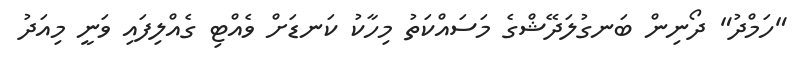
"ހަމްދު" ދޯނިން ބަނގުލަދޭޝްގެ މަސައްކަތު މިހާކު ކަނޑަށް ވެއްޓި ގެއްލިފައި ވަނީ މިއަދު